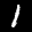
Label: 1